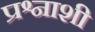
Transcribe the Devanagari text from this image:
प्रश्नाशी